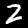
Label: 2